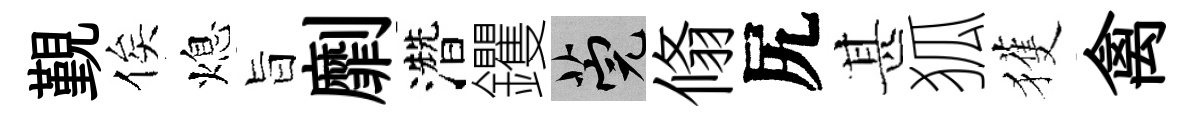
覲俟熄旨劘濳钁筦翛尻甚狐獲禽